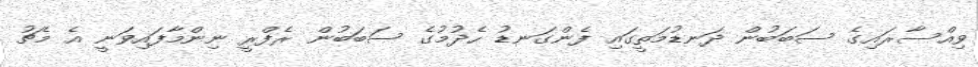
ވިއްސާރައިގެ ސަބަބުން ދަނޑުމަތީގައި ފެންގަނޑު ހެދުމުގެ ސަބަބުން ރެފްރީ ނިންމާފައިވަނީ އެ މެޗު